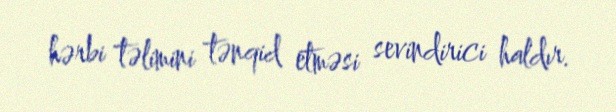
hərbi təlimini tənqid etməsi sevindirici haldır.